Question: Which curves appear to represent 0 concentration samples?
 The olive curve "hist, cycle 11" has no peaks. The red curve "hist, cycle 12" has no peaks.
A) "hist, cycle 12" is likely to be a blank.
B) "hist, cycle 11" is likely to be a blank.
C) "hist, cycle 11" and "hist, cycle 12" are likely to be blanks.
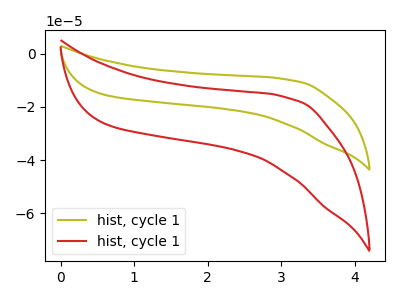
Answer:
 <answer>C) "hist, cycle 11" and "hist, cycle 12" are likely to be blanks.</answer>
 <eval>C</eval>